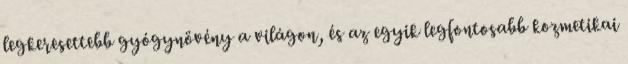
legkeresettebb gyógynövény a világon, és az egyik legfontosabb kozmetikai